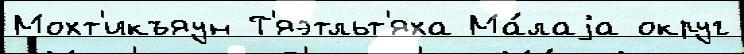
Мохт'икъяун Т'яэтльт'яха Ма́лаjа округ